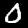
Digit: 0